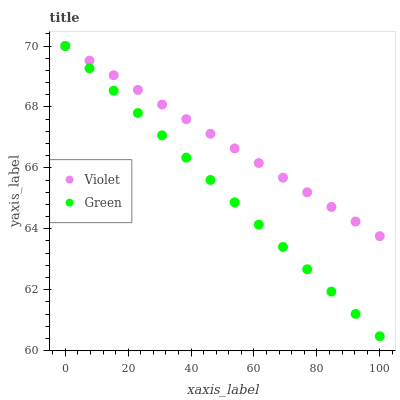
| xaxis_label | Violet | Green |
 | --- | --- | --- |
 | 0 | 70 | 70 |
 | 7.69 | 69.5 | 69.3 |
 | 15.4 | 69 | 68.5 |
 | 23.1 | 68.6 | 67.8 |
 | 30.8 | 68.1 | 67.1 |
 | 38.5 | 67.6 | 66.3 |
 | 46.2 | 67.1 | 65.6 |
 | 53.8 | 66.6 | 64.9 |
 | 61.5 | 66.2 | 64.1 |
 | 69.2 | 65.7 | 63.4 |
 | 76.9 | 65.2 | 62.7 |
 | 84.6 | 64.7 | 61.9 |
 | 92.3 | 64.2 | 61.2 |
 | 100 | 63.8 | 60.5 |